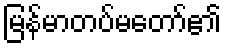
မြန်မာတပ်မတော်၏